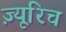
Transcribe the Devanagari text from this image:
ज़्यूरिच